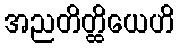
အညတိတ္ထိယေဟိ